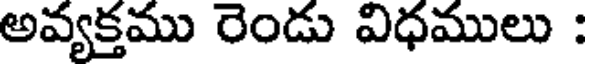
అవ్యక్తము రెండు విధములు :